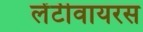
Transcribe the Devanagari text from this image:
लेंटीवायरस